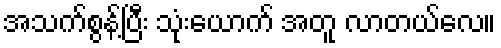
အသက်စွန့်ပြီး သုံးယောက် အတူ လာတယ်လေ။